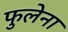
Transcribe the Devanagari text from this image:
फुलेना